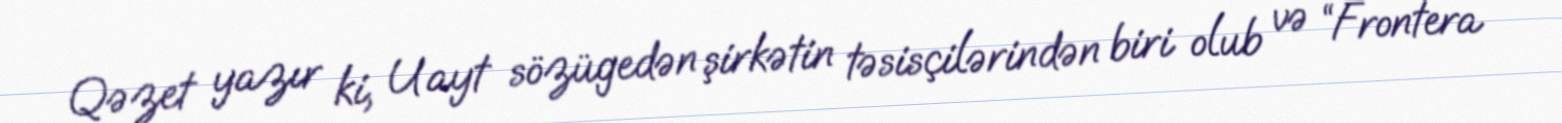
Qəzet yazır ki, Uayt sözügedən şirkətin təsisçilərindən biri olub və “Frontera